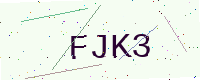
Text: FJK3